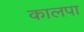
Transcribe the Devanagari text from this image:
कालपा